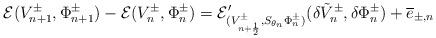
LaTeX: \begin{align*}{\mathcal E}(V^{\pm}_{n+1}, \Phi^{\pm}_{n+1})-{\mathcal E}(V^{\pm}_n,\Phi^{\pm}_n)={\mathcal E}'_{(V^{\pm}_{ n+\frac 12}, S_{\theta_n}\Phi_n^\pm)}(\delta \tilde{V}^{\pm}_n,\delta \Phi^{\pm}_n)+\overline{e}_{\pm,n}\end{align*}